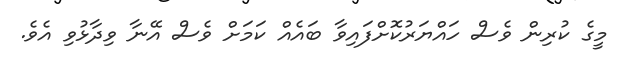
މީގެ ކުރިން ވެސް ހައްޔަރުކޮށްފައިވާ ބައެއް ކަމަށް ވެސް އޭނާ ވިދާޅުވި އެވެ.